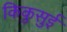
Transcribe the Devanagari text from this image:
किकुसुई